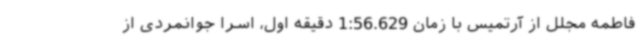
فاطمه مجلل از آرتمیس با زمان 1:56.629 دقیقه اول، اسرا جوانمردی از